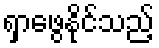
ရှာဖွေနိုင်သည့်